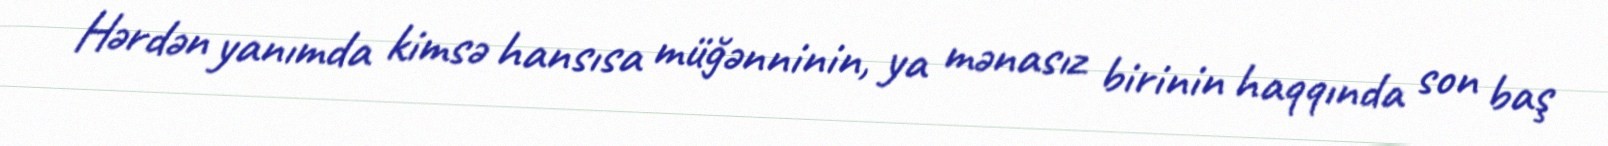
Hərdən yanımda kimsə hansısa müğənninin, ya mənasız birinin haqqında son baş